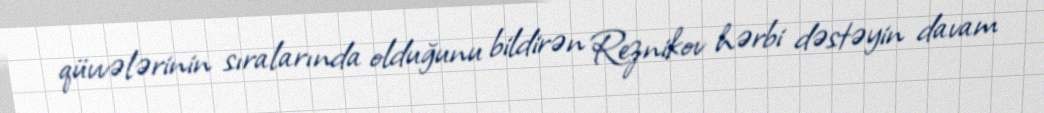
qüvvələrinin sıralarında olduğunu bildirən Reznikov hərbi dəstəyin davam